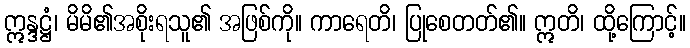
ဣန္ဒဋ္ဌံ၊ မိမိ၏အစိုးရသူ၏ အဖြစ်ကို။ ကာရေတိ၊ ပြုစေတတ်၏။ ဣတိ၊ ထို့ကြောင့်။